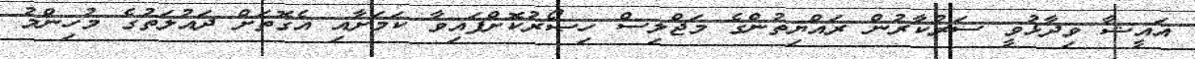
އައީޝާ ވިދާޅުވީ ސަރުކާރުން ރައްޔިތުންގެ މަޖްލިސް ހިޞޯރުކޮށްފައިވާ ކަމަށާއި އެގޮތަށް ދައުލަތުގެ މުހިންމު